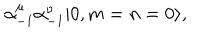
LaTeX: \alpha _ { - 1 } ^ { \mu } \alpha _ { - 1 } ^ { \nu } | 0 , m = n = 0 \rangle ,